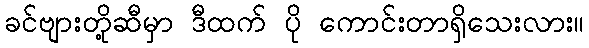
ခင်ဗျားတို့ဆီမှာ ဒီထက် ပို ကောင်းတာရှိသေးလား။